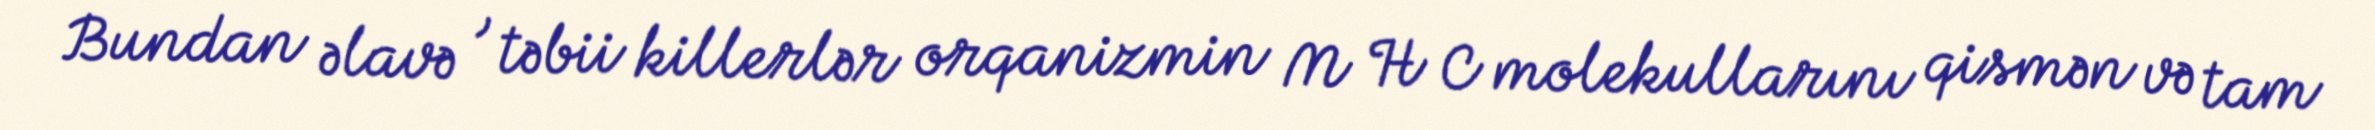
Bundan əlavə , təbii killerlər orqanizmin M H C molekullarını qismən və tam